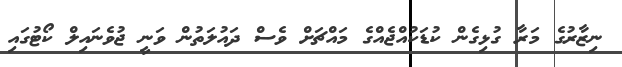
ނިޒާރުގެ މަރާ ގުޅިގެން ކުޑަކުއްޖެއްގެ މައްޗަށް ވެސް ދައުލަތުން ވަނީ ޖުވެނައިލް ކޯޓުގައި